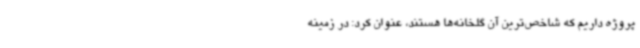
پروژه داریم که شاخص‌ترین آن گلخانه‌ها هستند، عنوان کرد: در زمینه